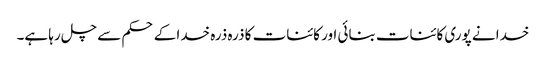
خدا نے پوری کائنات بنائی اور کائنات کا ذرہ ذرہ خدا کے حکم سے چل رہا ہے۔